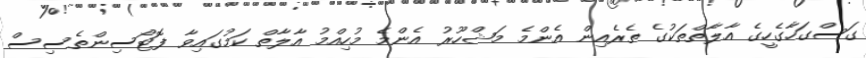
ގަސްގަހާގެހީގެ އާލާތްތަކުގެ ތެރެއިން އެންމެ މަޝްހޫރު އެންމެ މުހިއްމު އާލާތް ކަމުގައިވާ ފޮޓޯސިންތެސިސް